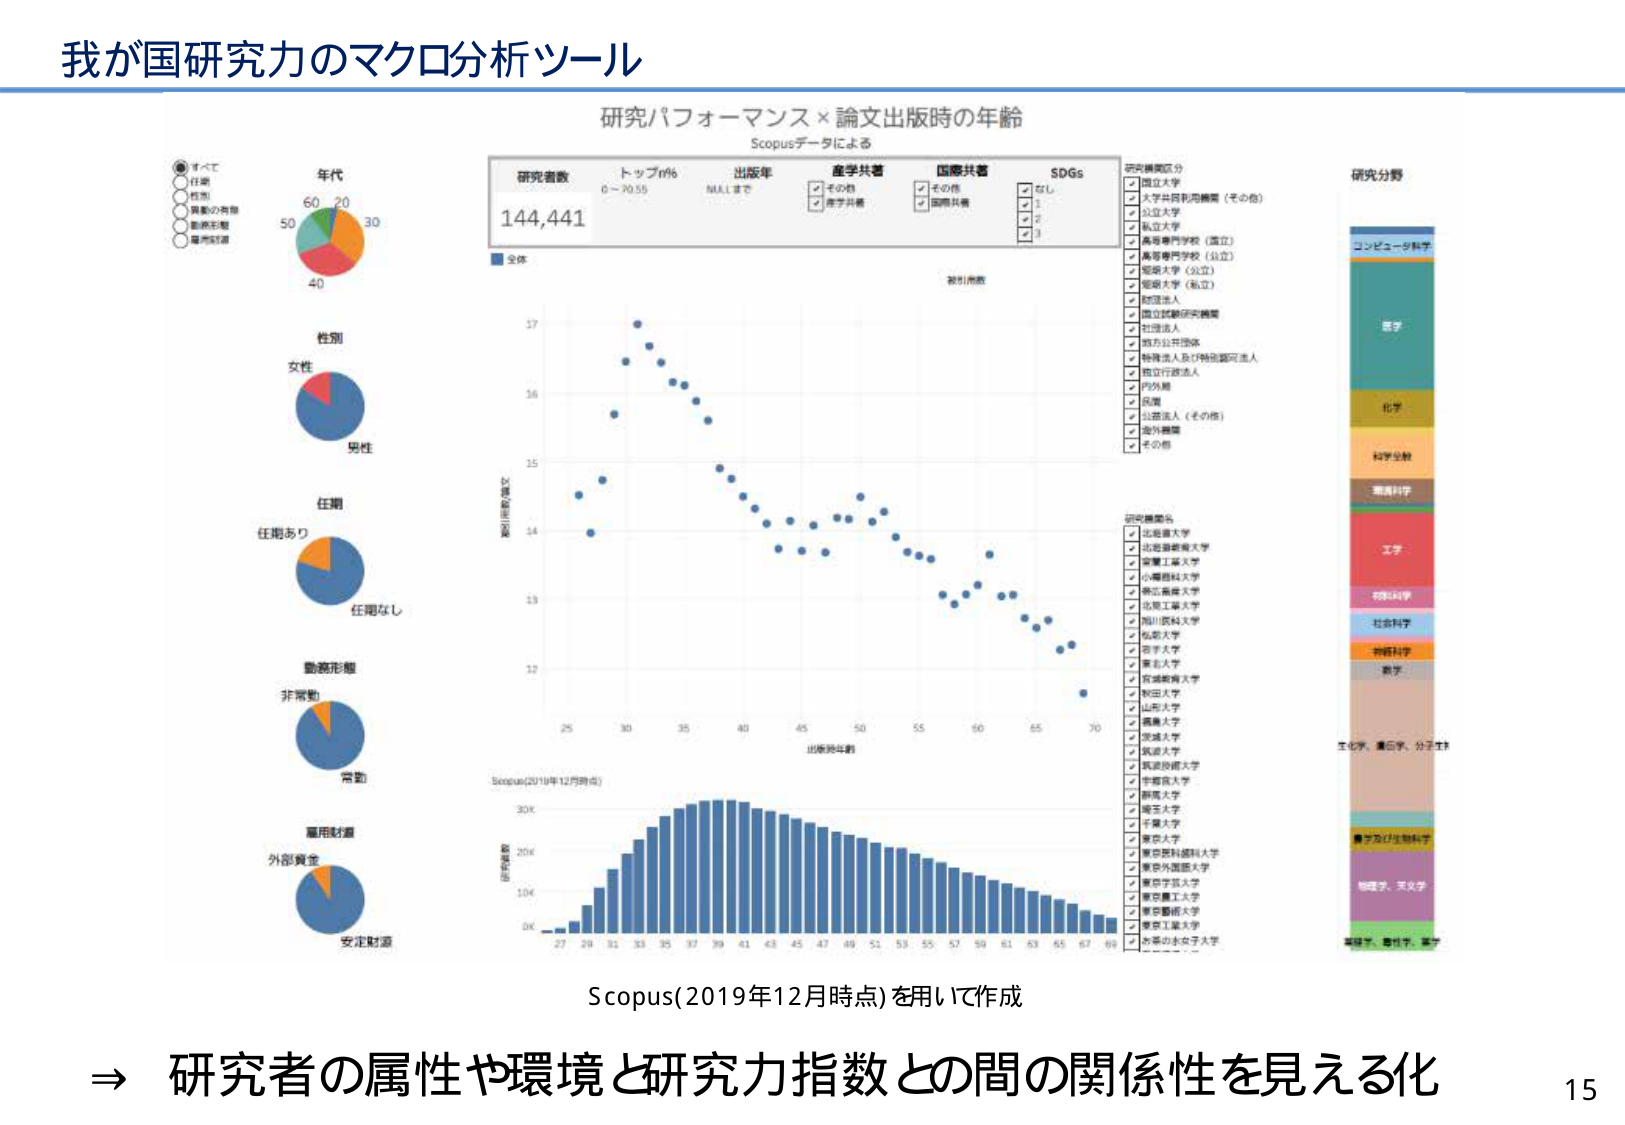
我が国研究力のマクロ分析ツール

研究パフォーマンス × 論文出版時の年齢
Scopusデータによる

研究者数 トップ% 出版年 産学共著 国際共著 SDGs
144,441 0～70.55 NULLまで その他 その他 なし
✓ 産学共著 ✓ 国際共著 ✓ 1
✓ 2
✓ 3

研究機関区分
□ 国立大学
□ 大学共同利用機関（その他）
□ 公立大学
□ 私立大学
□ 高等専門学校（国立）
□ 高等専門学校（公立）
□ 短期大学（公立）
□ 短期大学（私立）
□ 財団法人
□ 国立試験研究機関
□ 社団法人
□ 地方公共団体
□ 特殊法人及び特別認可法人
□ 独立行政法人
□ 戸外局
□ 企業
□ 公益法人（その他）
□ 海外機関
□ その他

研究分野
コンピュータ科学
医学
化学
科学全般
薬理科学
工学
材料科学
社会科学
神経科学
数学
生化学、遺伝学、分子生物
農学及び生物科学
物理学、天文学
地球学、地質学、鉱学

年代
60 20
50 30
40

性別
女性
男性

任期
任期あり
任期なし

勤務形態
非常勤
常勤

雇用財源
外部資金
安定財源

被引用数
17
16
15
14
13
12
25 30 35 40 45 50 55 60 65 70
出版時年齢

Scopus(2019年12月時点)
出版数
30K
20K
10K
0K
27 29 31 33 35 37 39 41 43 45 47 49 51 53 55 57 59 61 63 65 67 69

研究機関名
□ 北海道大学
□ 北海道教育大学
□ 新潟工業大学
□ 小樽商科大学
□ 佛北高専大学
□ 北海工業大学
□ 福川医科大学
□ 札幌大学
□ 帯広大学
□ 東北大学
□ 宮城教育大学
□ 秋田大学
□ 山形大学
□ 鳥取大学
□ 児島大学
□ 筑波大学
□ 筑波技術大学
□ 中部大学
□ 新潟大学
□ 岐阜大学
□ 千葉大学
□ 東京大学
□ 東京医科歯科大学
□ 東京外国語大学
□ 東京学芸大学
□ 東京農工大学
□ 東京藝術大学
□ 東京工業大学
□ 外務の女子大学

Scopus(2019年12月時点)を用いて作成

⇒ 研究者の属性や環境と研究力指数との間の関係性を見える化

15